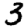
Digit: 3